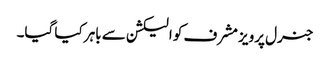
جنرل پرویز مشرف کو الیکشن سے باہر کیا گیا۔